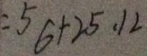
= 5 6 + 2 5 \cdot 1 2